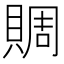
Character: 賙